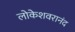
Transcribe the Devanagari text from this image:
लोकेशवरानंद